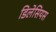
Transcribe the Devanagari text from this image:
डिलेसियस